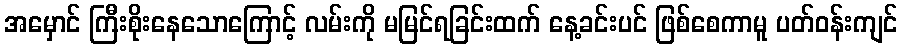
အမှောင် ကြီးစိုးနေသောကြောင့် လမ်းကို မမြင်ရခြင်းထက် နေ့ခင်းပင် ဖြစ်စေကာမူ ပတ်ဝန်းကျင်